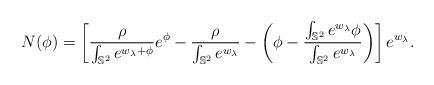
LaTeX: \begin{align*}N(\phi)=\left[\frac{\rho}{\int_{\mathbb{S}^2}e^{w_{\lambda}+\phi}}e^{\phi}-\frac{\rho}{\int_{\mathbb{S}^2}e^{w_{\lambda}}}-\left(\phi-\frac{\int_{\mathbb{S}^2} e^{w_{\lambda}}\phi}{\int_{\mathbb{S}^2}e^{w_{\lambda}}}\right)\right]e^{w_{\lambda}}.\end{align*}